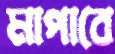
মাপাবে